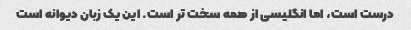
درست است، اما انگلیسی از همه سخت تر است. این یک زبان دیوانه است